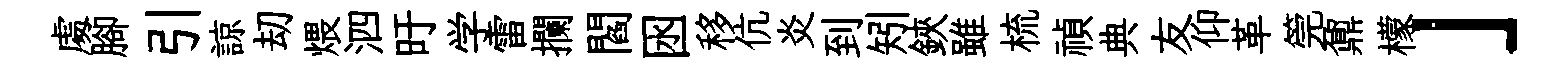
䖏腳引諒刧煨泗旴学雷攔閻囦移伉炎到矧鋏雖梳禎典友仰革筦鼐檬」